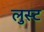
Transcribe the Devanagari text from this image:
लुस्ट